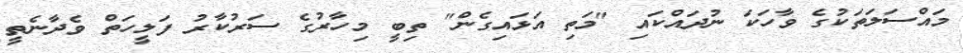
މައްސަލަތަކުގެ ވާހަކަ ނުދައްކައި "މަތި އަޅައިގެން" ތިބީ މިހާރުގެ ސަރުކާރު ފަލީހަތް ވެދާނެތީ